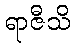
ရာဇီသိ